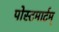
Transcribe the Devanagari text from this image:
पोस्टमार्टम्‌